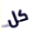
كل